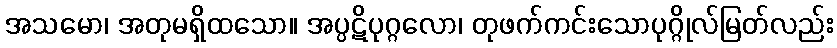
အသမော၊ အတုမရှိထသော။ အပ္ပဋိပုဂ္ဂလော၊ တုဖက်ကင်းသောပုဂ္ဂိုလ်မြတ်လည်း